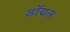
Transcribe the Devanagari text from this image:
डाॅयल